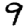
Digit: 9